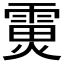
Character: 𮦟